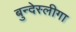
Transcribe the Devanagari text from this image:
बुन्देस्लीगा